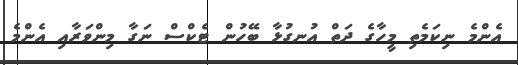
އެންމެ ނިކަމެތި މީހާގެ ދަތް އުނގުޅާ ބޭހުން ޓެކްސް ނަގާ މިންވަރާއި އެންމެ